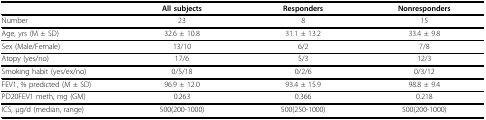
<table><thead><tr><td></td><td><b>All subjects</b></td><td><b>Responders</b></td><td><b>Nonresponders</b></td></tr></thead><tbody><tr><td>Number</td><td>23</td><td>8</td><td>15</td></tr><tr><td>Age, yrs (M ± SD)</td><td>32.6 ± 10.8</td><td>31.1 ± 13.2</td><td>33.4 ± 9.8</td></tr><tr><td>Sex (Male/Female)</td><td>13/10</td><td>6/2</td><td>7/8</td></tr><tr><td>Atopy (yes/no)</td><td>17/6</td><td>5/3</td><td>12/3</td></tr><tr><td>Smoking habit (yes/ex/no)</td><td>0/5/18</td><td>0/2/6</td><td>0/3/12</td></tr><tr><td>FEV1, % predicted (M ± SD)</td><td>96.9 ± 12.0</td><td>93.4 ± 15.9</td><td>98.8 ± 9.4</td></tr><tr><td>PD20FEV1 meth, mg (GM)</td><td>0.263</td><td>0.366</td><td>0.218</td></tr><tr><td>ICS, μg/d (median, range)</td><td>500(200-1000)</td><td>500(250-1000)</td><td>500(200-1000)</td></tr></tbody></table>